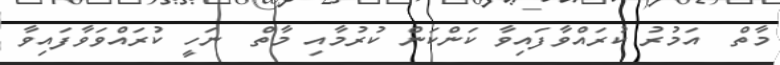
މާތް  އަމުރު ކުރައްވާފައިވާ ކަންކަން ކުރުމާއި މާތް  ނަހީ ކުރައްވަވާފައިވާ